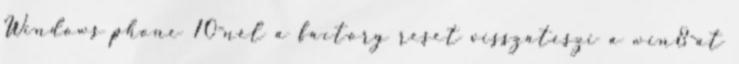
Windows phone 10-nél a factory reset visszateszi a win8-at